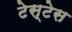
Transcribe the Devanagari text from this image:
टेस्टेस